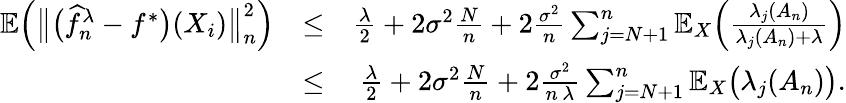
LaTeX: \begin{array}{rlr}{\mathbb{E}\Big(\big\| \big(\widehat f_{n}^{\lambda}-f^{*}\big)(X_{i})\big\| _{n}^{2}\Big)}&{\leq}&{\frac{\lambda}{2}+2\sigma^{2}\frac{N}{n}+2\frac{\sigma^{2}}{n}\sum_{j=N+1}^{n}\mathbb E_{X}\Big(\frac{\lambda_{j}(A_{n})}{\lambda_{j}(A_{n})+\lambda}\Big)}\\ &{\leq}&{\frac{\lambda}{2}+2\sigma^{2}\frac{N}{n}+2\frac{\sigma^{2}}{n\, \lambda}\sum_{j=N+1}^{n}\mathbb E_{X}\big(\lambda_{j}(A_{n})\big).}\end{array}